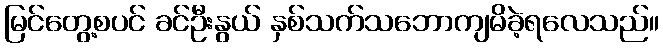
မြင်တွေ့စပင် ခင်ဦးနွယ် နှစ်သက်သဘောကျမိခဲ့ရလေသည်။